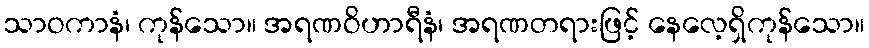
သာဝကာနံ၊ ကုန်သော။ အရဏဝိဟာရီနံ၊ အရဏတရားဖြင့် နေလေ့ရှိကုန်သော။